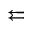
\leftleftarrows